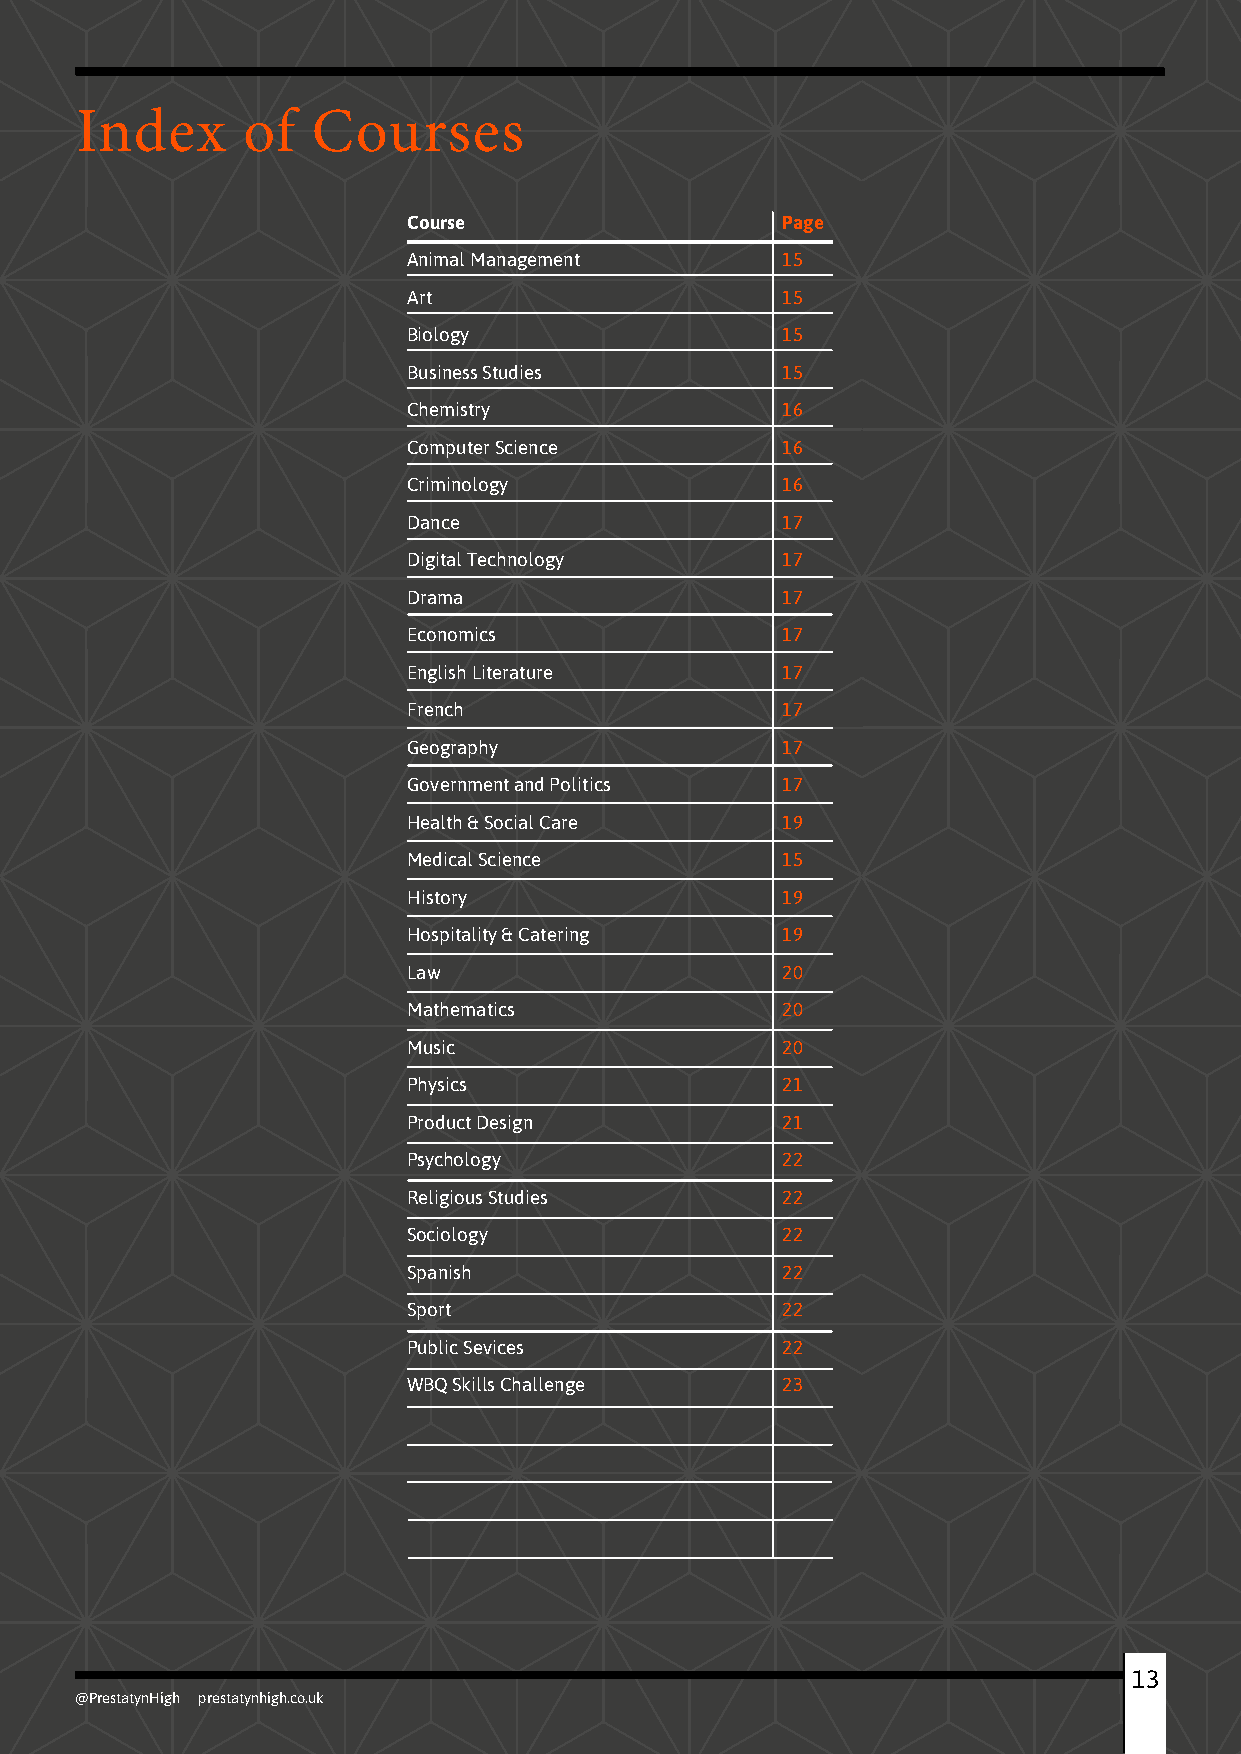
Index      of   Courses
 Course                   Page
 Animal Management        15
 Art                      15
 Biology                  15
 Business Studies         15
 Chemistry                16
 Computer Science         16
 Criminology              16
 Dance                    17
 Digital Technology       17
 Drama                    17
 Economics                17
 English Literature       17
 French                   17
 Geography                17
 Government and Politics  17
 Health & Social Care     19
 Medical Science          15
 History                  19
 Hospitality & Catering   19
 Law                      20
 Mathematics              20
 Music                    20
 Physics                  21
 Product Design           21
 Psychology               22
 Religious Studies        22
 Sociology                22
 Spanish                  22
 Sport                    22
 Public Sevices           22
 WBQ Skills Challenge     23
 1133
 @PrestatynHigh prestatynhigh.co.uk